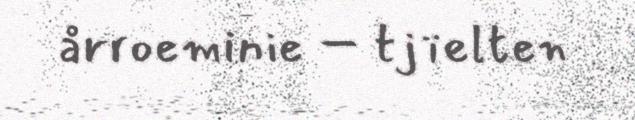
årroeminie – tjïelten